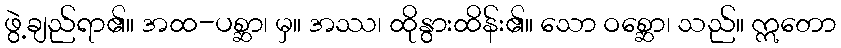
ဖွဲ့ချည်ရာ၏။ အထ-ပစ္ဆာ၊ မှ။ အဿ၊ ထိုနွားထိန်း၏။ သော ဝစ္ဆော၊ သည်။ ဣတော